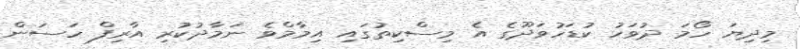
މިދިޔަ ހޯމަ ދުވަހު ކުޑަހުވަދޫގެ އެ މިސްކިތުގައި އިމާމްވެ ނަމާދުކުރި އާރިފް ހަސަން